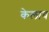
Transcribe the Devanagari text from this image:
केलाव